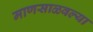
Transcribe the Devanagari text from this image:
माणसाळवल्या